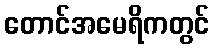
တောင်အမေရိကတွင်